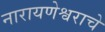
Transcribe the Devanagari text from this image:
नारायणेश्वराचे